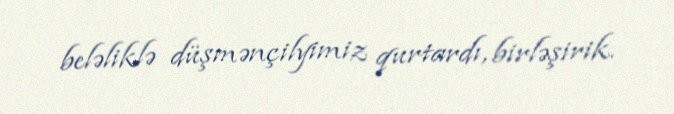
beləliklə düşmənçilyimiz qurtardı, birləşirik.